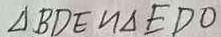
\Delta B D E \sim \Delta E D O